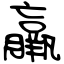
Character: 羸